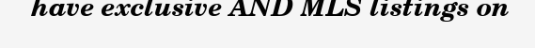
have exclusive AND MLS listings on